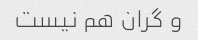
و گران هم نیست